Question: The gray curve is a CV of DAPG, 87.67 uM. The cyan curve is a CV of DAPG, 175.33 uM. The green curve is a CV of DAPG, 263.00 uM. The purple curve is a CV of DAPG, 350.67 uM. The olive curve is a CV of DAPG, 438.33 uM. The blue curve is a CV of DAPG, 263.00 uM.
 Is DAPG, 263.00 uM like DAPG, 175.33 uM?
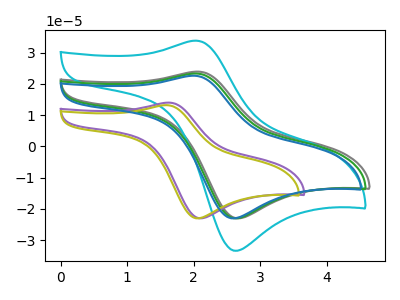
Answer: <think>The gray curve "DAPG, 87.67 uM" has an anodic peak at (2.05V, 23.95uA) and a cathodic peak at (2.70V, -23.00uA). The cyan curve "DAPG, 175.33 uM" has an anodic peak at (2.00V, 33.85uA) and a cathodic peak at (2.65V, -33.40uA). The green curve "DAPG, 263.00 uM" has an anodic peak at (2.00V, 23.35uA) and a cathodic peak at (2.65V, -23.00uA). The purple curve "DAPG, 350.67 uM" has an anodic peak at (1.60V, 14.00uA) and a cathodic peak at (2.10V, -23.00uA). The olive curve "DAPG, 438.33 uM" has an anodic peak at (1.60V, 13.20uA) and a cathodic peak at (2.10V, -23.00uA). The blue curve "DAPG, 263.00 uM" has an anodic peak at (2.00V, 22.65uA) and a cathodic peak at (2.60V, -23.00uA).
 All the peaks in "DAPG, 263.00 uM" have a peak in "DAPG, 175.33 uM" at the same potential. Every peak in "DAPG, 263.00 uM" is lower than every peak in "DAPG, 175.33 uM".</think>
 <answer>"DAPG, 263.00 uM" and "DAPG, 175.33 uM" are similar in shape.</answer>
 <eval>same_shape</eval>